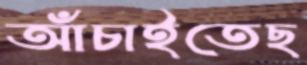
আঁচাইতেছ